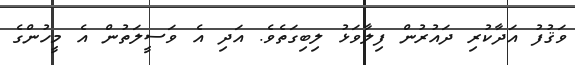
ވަޤުފު އަދާކުރި ދައުރުން ފިލާވަޅު ލިބިގަތެވެ. އަދި އެ ވަސީލަތުން އެ މީހުންގެ